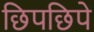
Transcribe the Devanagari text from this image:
छिपछिपे